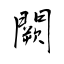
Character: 闕